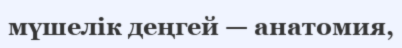
мүшелік деңгей — анатомия,